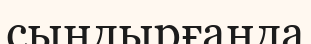
сындырғанда